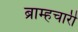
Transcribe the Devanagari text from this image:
ब्राम्हचारी